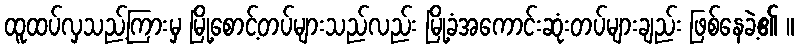
ထူထပ်လှသည့်ကြားမှ မြို့စောင့်တပ်များသည်လည်း မြို့ခံအကောင်းဆုံးတပ်များချည်း ဖြစ်နေခဲ့၏ ။